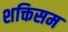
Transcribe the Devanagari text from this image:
शक्तिसम